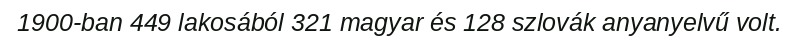
1900-ban 449 lakosából 321 magyar és 128 szlovák anyanyelvű volt.